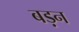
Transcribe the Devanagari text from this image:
बड़न